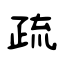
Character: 疏